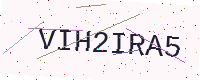
Text: VIH2IRA5